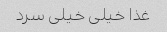
غذا خیلی خیلی سرد